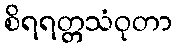
စိရရတ္တသံဝုတာ